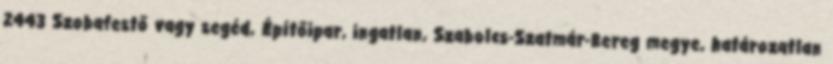
2443 Szobafestő vagy segéd, Építőipar, ingatlan, Szabolcs-Szatmár-Bereg megye, határozatlan